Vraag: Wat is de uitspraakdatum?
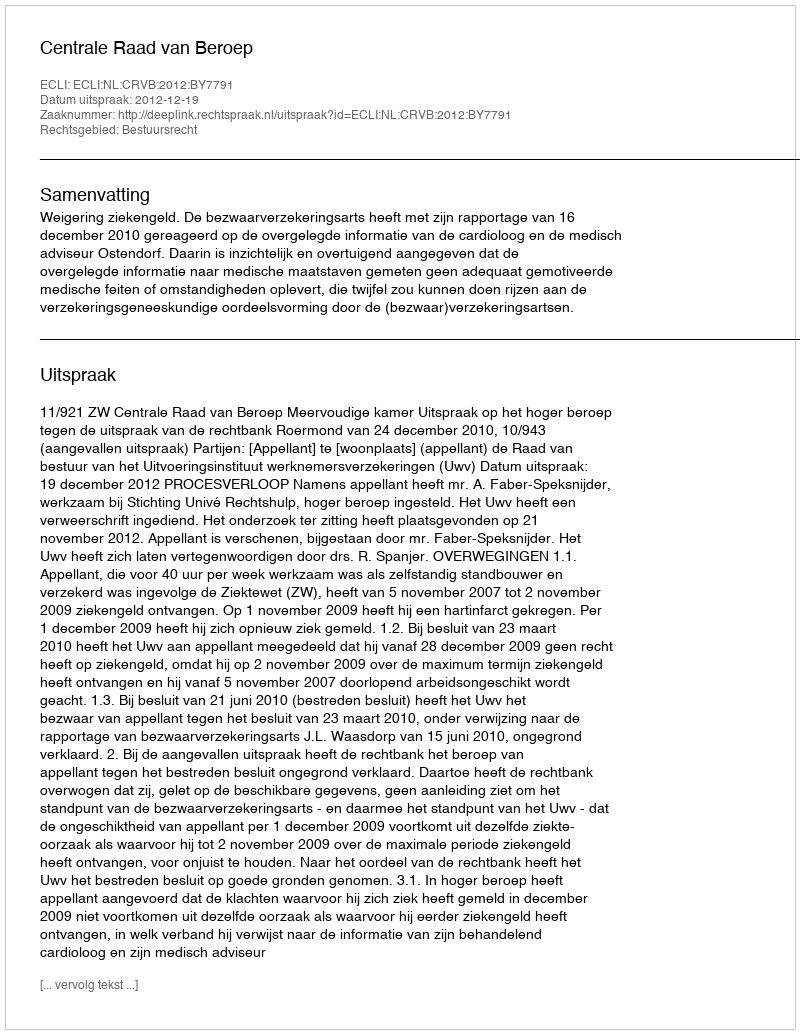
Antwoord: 2012-12-19